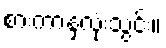
စားကာနှလုံးသွင်း။